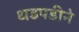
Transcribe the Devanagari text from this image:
धडपडीने